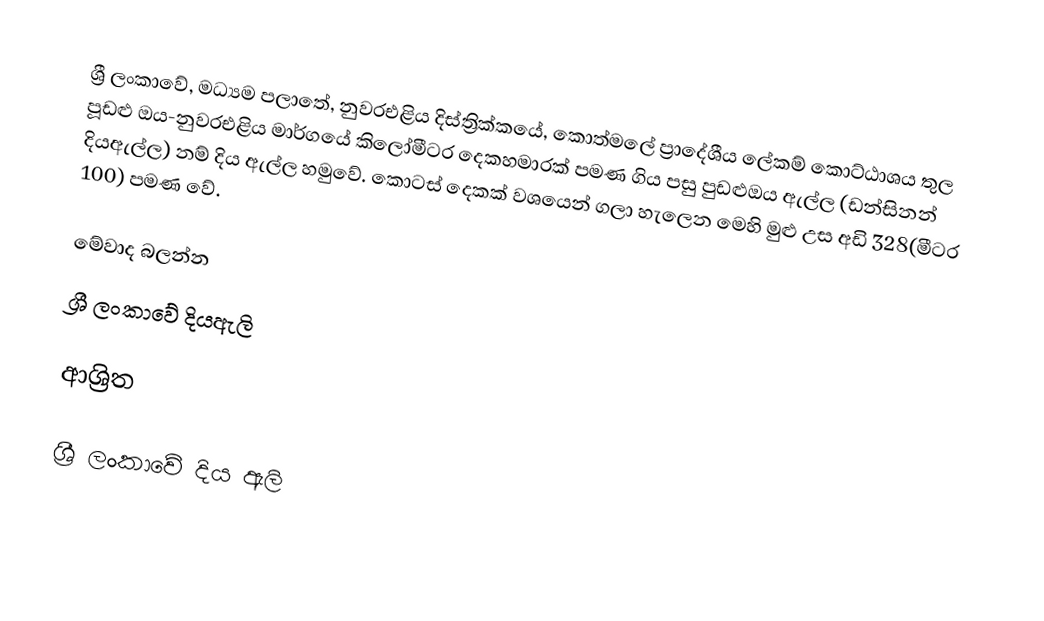
ශ්‍රී ලංකාවේ, මධ්‍යම පලාතේ, නුවරඑළිය දිස්ත්‍රික්කයේ, කොත්මලේ ප්‍රාදේශීය ලේකම් කොට්ඨාශය තුල පූඩළු ඔය-නුවරඑළිය මාර්ගයේ කිලෝමීටර දෙකහමාරක් පමණ ගිය පසු පුඩළුඔය ඇල්ල (ඩන්සිනන් දියඇල්ල) නම් දිය ඇල්ල හමුවේ. කොටස් දෙකක් වශයෙන් ගලා හැලෙන මෙහි මුළු උස අඩි 328(මීටර 100) පමණ වේ.

මේවාද බලන්න
 ශ්‍රී ලංකාවේ දියඇලි

ආශ්‍රිත

ශ්‍රී ලංකාවේ දිය ඇලි